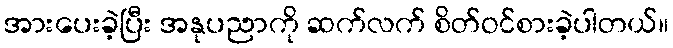
အားပေးခဲ့ပြီး အနုပညာကို ဆက်လက် စိတ်ဝင်စားခဲ့ပါတယ်။